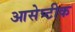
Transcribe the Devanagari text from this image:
आसेप्टीक